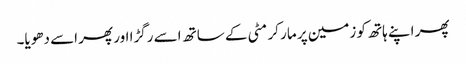
پھر اپنے ہاتھ کو زمین پر مار کر مٹی کے ساتھ اسے رگڑا اور پھر اسے دھویا۔